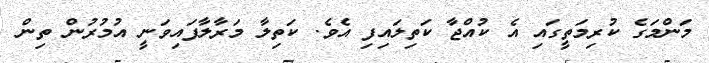
މަންމަގެ ކުރިމަތީގައި އެ ކުއްޖާ ކަތިލައިފި އެވެ. ކަތިލާ މަރާލާފައިވަނީ އުމުރުން ތިން